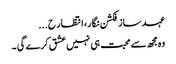
عہد ساز فکشن نگار، انتظار ح...
وہ مجھ سے محبت ہی نہیں عشق کرے گی ۔